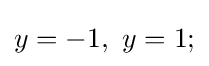
y=-1,\ y=1;